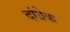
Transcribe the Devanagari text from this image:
दांग्रेक